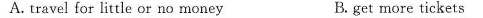
A. travel for little or no money B.get more tickets